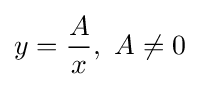
y={\frac {A}{x}},\ A\neq 0\